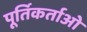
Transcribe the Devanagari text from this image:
पूर्तिकर्ताओं